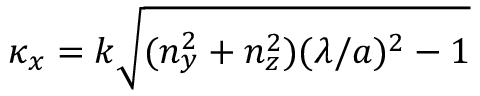
\kappa _ { x } = k \sqrt { ( n _ { y } ^ { 2 } + n _ { z } ^ { 2 } ) ( \lambda / a ) ^ { 2 } - 1 }